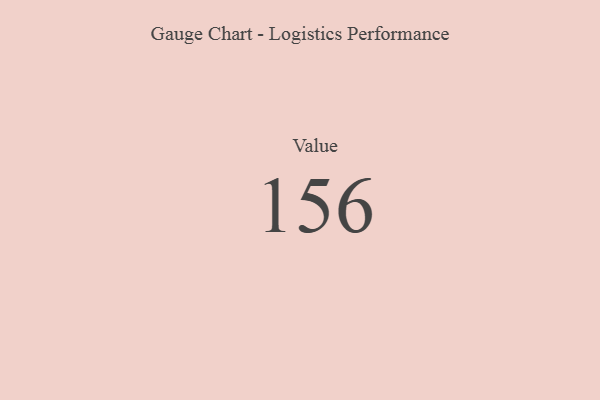
{"axis": {"x": "Metric", "y": "Value"}, "legend": [""], "data": [{"x": "Value", "y": 156, "type": ""}]}